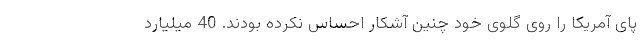
پای آمریکا را روی گلوی خود چنین آشکار احساس نکرده بودند. 40 میلیارد